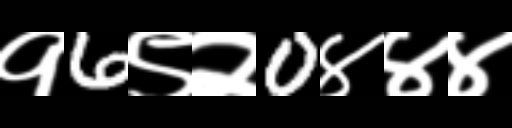
Text: १6९२0४४४